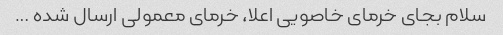
سلام بجای خرمای خاصویی اعلا، خرمای معمولی ارسال شده …